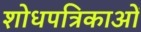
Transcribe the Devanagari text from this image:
शोधपत्रिकाओं